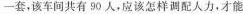
一套，该车间共有90人，应该怎样调配人力，才能